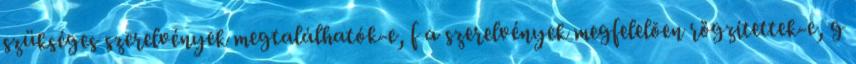
szükséges szerelvények megtalálhatók-e, f a szerelvények megfelelõen rögzítettek-e, g